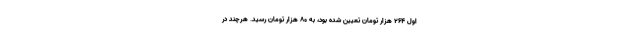
اول ۲۶۴ هزار تومان تعیین شده بود، به ۸۰ هزار تومان رسید. هرچند در